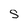
Character: S